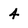
Character: 4